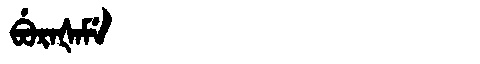
Manchu: ᠪᡠᡵᠠᡧᠠᠮᡝ
Romanization: BURAŠAME